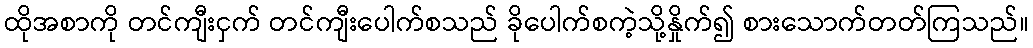
ထိုအစာကို တင်ကျီးငှက် တင်ကျီးပေါက်စသည် ခိုပေါက်စကဲ့သို့နှိုက်၍ စားသောက်တတ်ကြသည်။